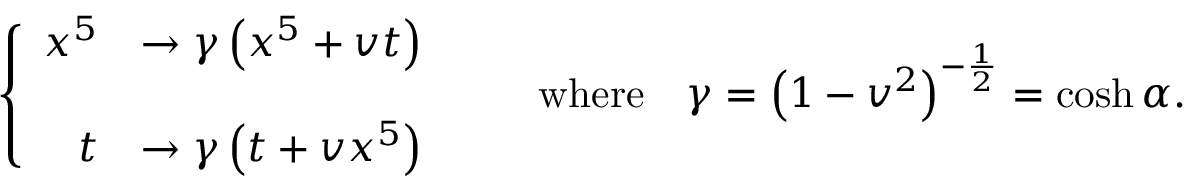
\left\{ \begin{array} { r l } { { x ^ { 5 } } } & { { \rightarrow \gamma \left( x ^ { 5 } + v t \right) } } \\ { { } } & { { } } \\ { { t } } & { { \rightarrow \gamma \left( t + v x ^ { 5 } \right) } } \end{array} \right. \qquad \mathrm { w h e r e } \quad \gamma = \left( 1 - v ^ { 2 } \right) ^ { - { \frac { 1 } { 2 } } } = \cosh \alpha .